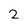
Character: 2